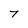
Character: 7